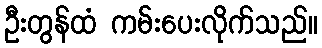
ဦးတွန်ထံ ကမ်းပေးလိုက်သည်။